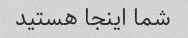
شما اینجا هستید